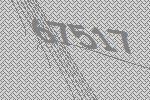
67517